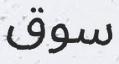
سوق